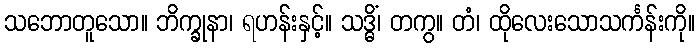
သဘောတူသော။ ဘိက္ခုနာ၊ ရဟန်းနှင့်။ သဒ္ဓိံ၊ တကွ။ တံ၊ ထိုလေးသောသင်္ကန်းကို။